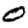
Digit: 0